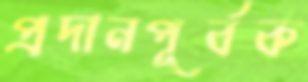
প্রদানপূর্বক